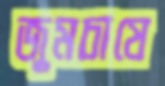
জুমচাষে